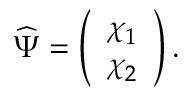
{ \widehat { \boldsymbol { \Psi } } } = \left( \begin{array} { l } { \chi _ { 1 } } \\ { \chi _ { 2 } } \end{array} \right) .